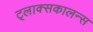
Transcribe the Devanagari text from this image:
ट्लाक्सकालन्स